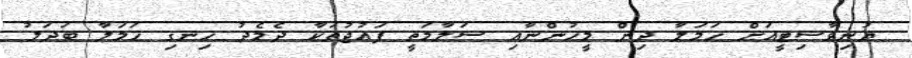
ޔުނިވާސިޓީއަށް ހަމަލާ ދިން މީހުންނާއި ސަލާމަތީ ފައުޖުތަކާ ދެމެދު ހިނގި ހަމަލާ ބަދަލު